Leaving Certificate Examination, 1920
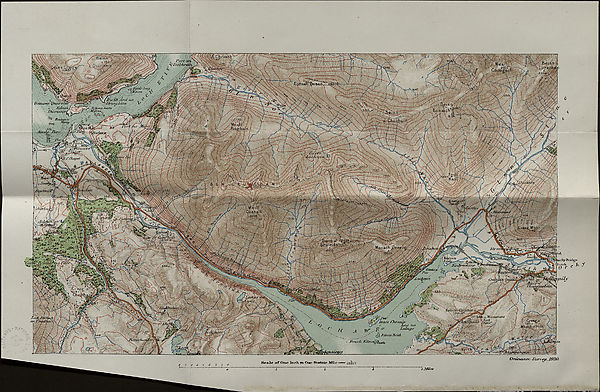
Bail™
A Port cijh.
^PbbhrG&t
/ MeaJj v J
.C.6pa|^^
/25b
(jfufittCdrd an
: J)r‘oi<} hinn .
Bo'nawe QtiarvJvs'
* ' .
Dairi/ih/sf
’ fiifcjfJi tt
M7Hmi 0
i
s o lioiuv i-ir
200
,
.09/
• ■ n
Autis Jia v ip
1044-
5 wtuore'
.(' .Chapel
xc/ariiu
Airdt/iX
\30<i *'
Mhor
^r/ Bhuiridh
! \ ’ ---29rSE>
Mon ad hpvte/v
Sfrojz
aiiillyftridg*
hurek _
0r c
haur
Chain f
26 a
i . i i rsir j -
Monument
Lo<a jikt/Jpi
an FhifdAal'i
.Jj*iyfer
iP/p Tnnis (’homan
X •
Lou/ na
J? t &
Jmru/e
fiileaiiBeith
a
pvrt
^' (imlf-ha/i
fixwc/v PdfastffbxuMt
Scale <rf One In ok tr* One Stw*ute Mile——* osaoo
Ordruxswt- Su/'vcy. 1920.
y JMitrs-